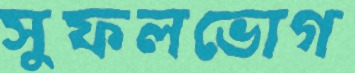
সুফলভোগ